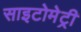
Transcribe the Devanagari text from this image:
साइटोमेट्री